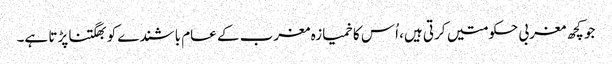
جو کچھ مغربی حکومتیں کرتی ہیں، اُس کا خمیازہ مغرب کے عام باشندے کو بھگتنا پڑتا ہے۔